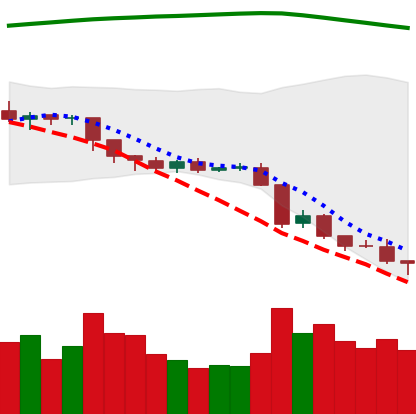
Ticker: EOS-USD
Chart end date: 2018-08-14
Forward return: 15.827%
Label: up_7plus